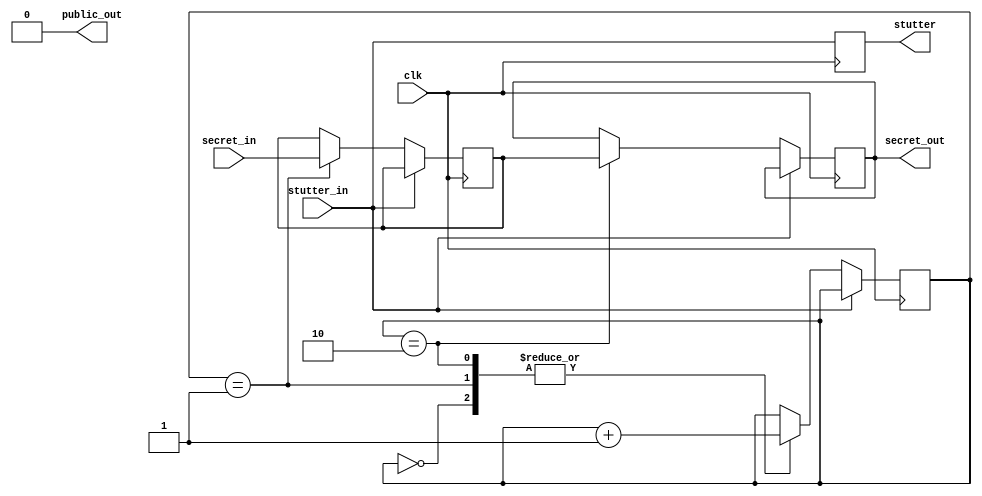
module TARGET_CODEBLOCK(
    input clk,
    input stutter_in,
    input secret_in,

    output reg public_out, secret_out, stutter
);

    reg [3:0] computation_step;
    reg x;

    initial begin
        computation_step <= 0;
        x <= 0;
        public_out <= 0;
        secret_out <= 0;
        stutter <= 0;
    end

    always @(posedge clk) begin
        stutter <= stutter_in;
        if (!stutter_in) begin
            case (computation_step)
                0:
                begin
                    computation_step <= computation_step + 1;
                end
                1:
                begin
                    x <= secret_in;
                    computation_step <= computation_step + 1;
                end
                2:
                begin
                    secret_out <= x;
                    computation_step <= computation_step + 1;
                end
                3:
                begin
                    
                end
            endcase
        end
    end

endmodule